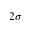
2 \sigma